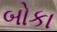
બોકા